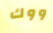
ووك